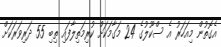
އެގޮތުން މިއަހަރު އެ ސްކޫލުގެ 24 މަގާމަކަށް ކުރިމަތިލާފައި ތިބި 55 ދަރިވަރަކަށް